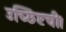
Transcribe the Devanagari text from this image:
उच्छिष्टची।